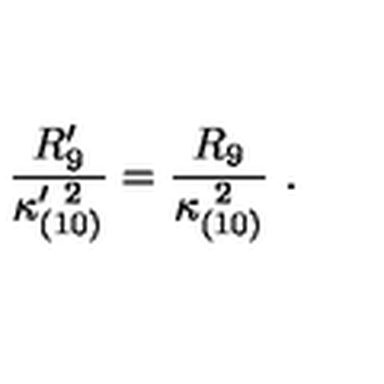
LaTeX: { \frac { R _ { 9 } ^ { \prime } } { \kappa _ { ( 1 0 ) } ^ { \prime \ 2 } } } = { \frac { R _ { 9 } } { \kappa _ { ( 1 0 ) } ^ { \ 2 } } } \ .